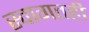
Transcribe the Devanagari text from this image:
स्वागतही